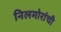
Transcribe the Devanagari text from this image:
निलमोरांची